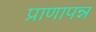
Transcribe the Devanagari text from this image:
प्राणापन्न